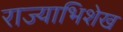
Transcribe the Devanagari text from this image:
राज्याभिशेख